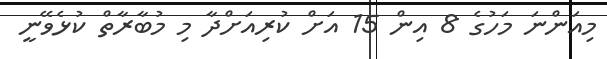
މިއަންނަ މަހުގެ 8 އިން 15 އަށް ކުރިއަށްދާ މި މުބާރާތް ކުޅެވޭނީ